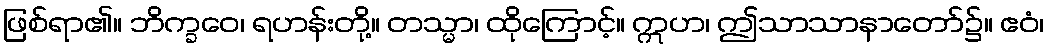
ဖြစ်ရာ၏။ ဘိက္ခဝေ၊ ရဟန်းတို့။ တသ္မာ၊ ထိုကြောင့်။ ဣဟ၊ ဤသာသာနာတော်၌။ ဧဝံ၊